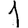
Digit: 1